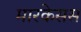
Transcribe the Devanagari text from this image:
मारकेसस